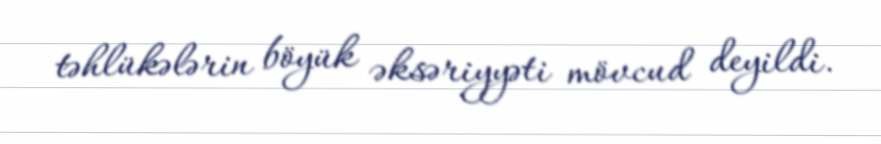
təhlükələrin böyük əksəriyyəti mövcud deyildi.